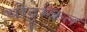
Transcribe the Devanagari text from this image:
थोट्टूम्कल